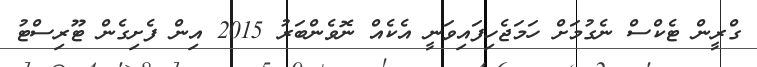
ގްރީން ޓެކްސް ނެގުމަށް ހަމަޖެހިފައިވަނީ އެކެއް ނޮވެންބަރު 2015 އިން ފެށިގެން ޓޫރިސްޓު